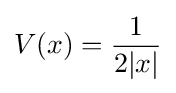
V(x)={\frac {1}{2|x|}}